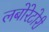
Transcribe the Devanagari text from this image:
लबोरेटोरी